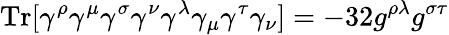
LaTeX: \mathrm{Tr}[\gamma^{\rho}\gamma^{\mu}\gamma^{\sigma}\gamma^{\nu}\gamma^{\lambda}\gamma_{\mu}\gamma^{\tau}\gamma_{\nu}]=-32g^{\rho\lambda}g^{\sigma\tau}